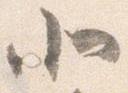
北